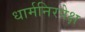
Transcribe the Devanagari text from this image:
धार्मनिरपेक्ष